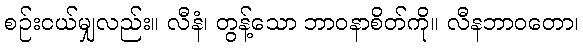
စဉ်းငယ်မျှလည်း။ လီနံ၊ တွန့်သော ဘာဝနာစိတ်ကို။ လီနဘာဝတော၊